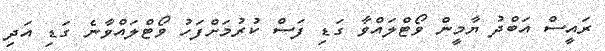
ރައީސް އަބްދު ޔާމީން ވޯޓްލައްވާ ގަޑި ފަސް ކުރުމަށްފަހު ވޯޓްލައްވާނެ ގަޑި އަދި